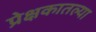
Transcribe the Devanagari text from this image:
प्रेक्षकातल्या